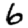
Digit: 6